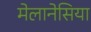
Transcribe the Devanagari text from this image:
मेलानेसिया